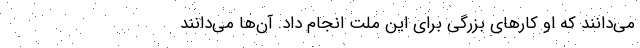
می‌دانند که او کارهای بزرگی برای این ملت انجام داد. آن‌ها می‌دانند